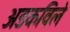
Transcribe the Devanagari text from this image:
अडकविले